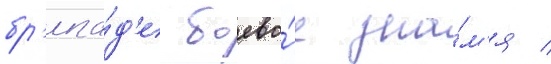
бр'ига́д'е боево́е зна́м'я /